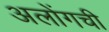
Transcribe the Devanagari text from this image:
अलोंगची